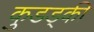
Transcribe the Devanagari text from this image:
कुडड्की